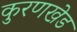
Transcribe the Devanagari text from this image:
कुरणखेड